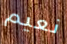
نعيم